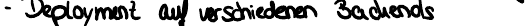
- Deployment auf verschiedenen Backends